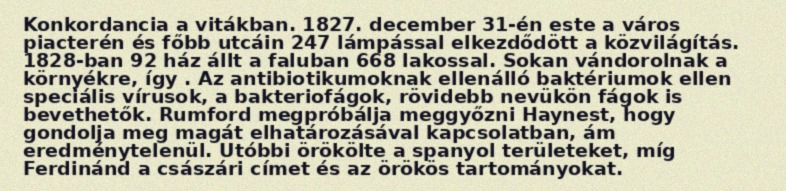
Konkordancia a vitákban. 1827. december 31-én este a város piacterén és főbb utcáin 247 lámpással elkezdődött a közvilágítás. 1828-ban 92 ház állt a faluban 668 lakossal. Sokan vándorolnak a környékre, így . Az antibiotikumoknak ellenálló baktériumok ellen speciális vírusok, a bakteriofágok, rövidebb nevükön fágok is bevethetők. Rumford megpróbálja meggyőzni Haynest, hogy gondolja meg magát elhatározásával kapcsolatban, ám eredménytelenül. Utóbbi örökölte a spanyol területeket, míg Ferdinánd a császári címet és az örökös tartományokat.